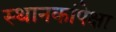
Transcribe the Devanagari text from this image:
स्थानकांपेक्षा